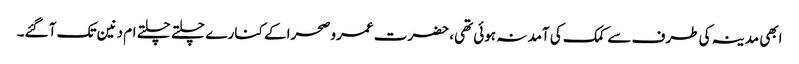
ابھی مدینہ کی طرف سے کمک کی آمد نہ ہوئی تھی، حضرت عمرو صحرا کے کنار ے چلتے چلتے ام دنین تک آ گئے۔